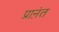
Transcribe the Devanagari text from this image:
प्राऩंत